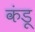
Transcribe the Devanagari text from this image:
कंडू